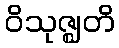
ဝိသုဇ္ဈတိ